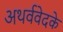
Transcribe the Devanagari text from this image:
अथर्ववेदके